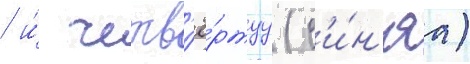
/ и́ четв'ё́ртуу (с'и́н'яа)